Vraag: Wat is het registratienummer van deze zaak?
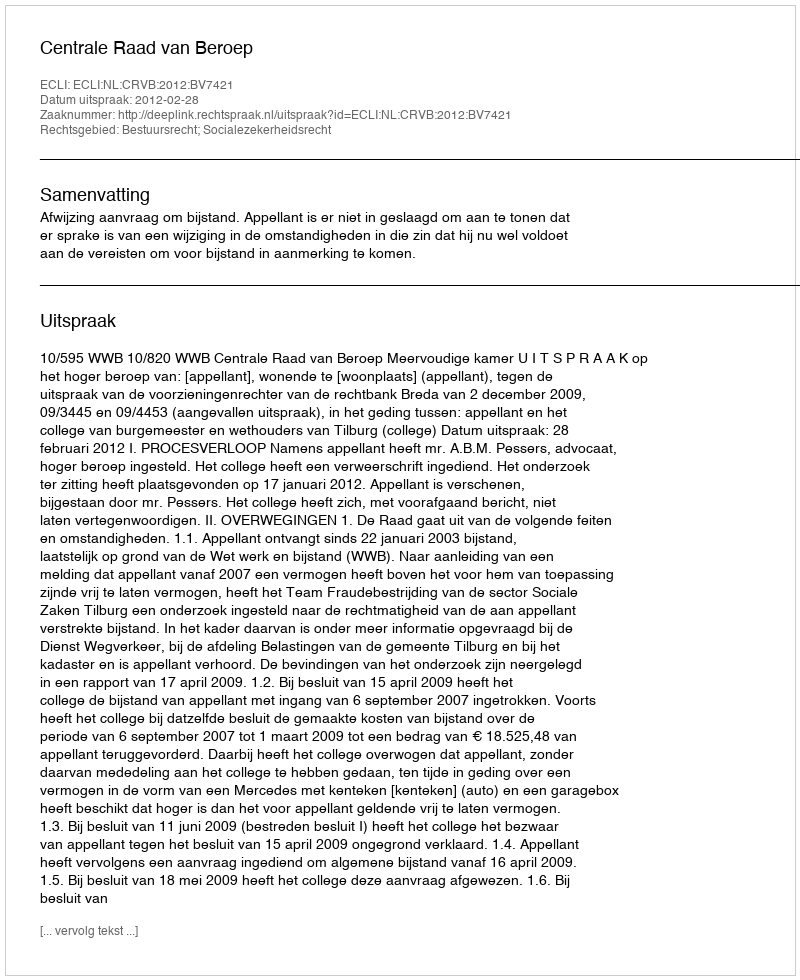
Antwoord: http://deeplink.rechtspraak.nl/uitspraak?id=ECLI:NL:CRVB:2012:BV7421